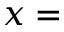
x =